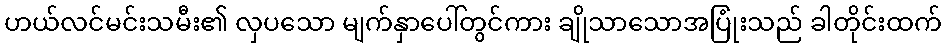
ဟယ်လင်မင်းသမီး၏ လှပသော မျက်နှာပေါ်တွင်ကား ချိုသာသောအပြုံးသည် ခါတိုင်းထက်